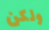
ولكن